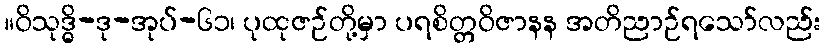
။ဝိသုဒ္ဓိ-ဒု-အုပ်-၆၁၊ ပုထုဇဉ်တို့မှာ ပရစိတ္တဝိဇာနန အတိညာဉ်ရသော်လည်း